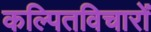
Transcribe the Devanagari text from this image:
कल्पितविचारों